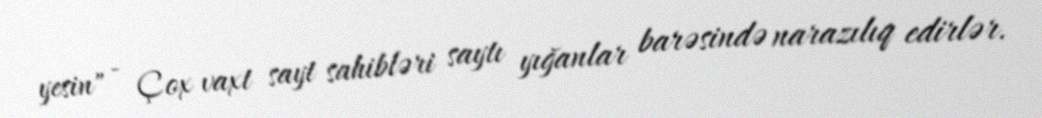
yesin" - Çox vaxt sayt sahibləri saytı yığanlar barəsində narazılıq edirlər.